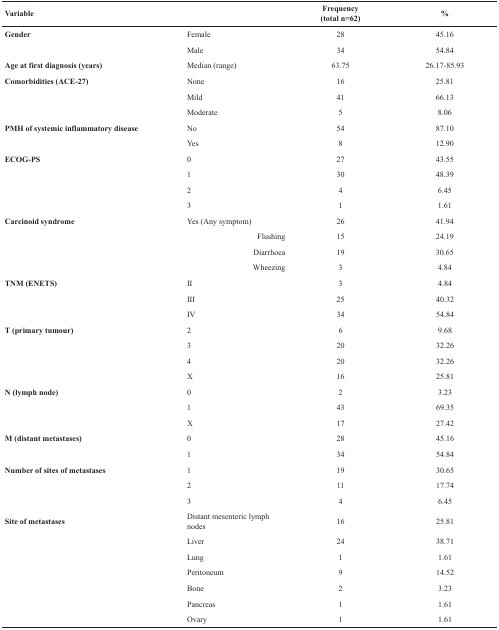
| Variable |  | Frequency(total n=62) | % |
 | --- | --- | --- | --- |
 | Gender | Female | 28 | 45.16 |
 |  | Male | 34 | 54.84 |
 | Age at first diagnosis (years) | Median (range) | 63.75 | 26.17-85.93 |
 | Comorbidities (ACE-27) | None | 16 | 25.81 |
 |  | Mild | 41 | 66.13 |
 |  | Moderate | 5 | 8.06 |
 | PMH of systemic inflammatory disease | No | 54 | 87.10 |
 |  | Yes | 8 | 12.90 |
 | ECOG-PS | 0 | 27 | 43.55 |
 |  | 1 | 30 | 48.39 |
 |  | 2 | 4 | 6.45 |
 |  | 3 | 1 | 1.61 |
 | Carcinoid syndrome | Yes (Any symptom) | 26 | 41.94 |
 |  | Flushing | 15 | 24.19 |
 |  | Diarrhoea | 19 | 30.65 |
 |  | Wheezing | 3 | 4.84 |
 | TNM (ENETS) | II | 3 | 4.84 |
 |  | III | 25 | 40.32 |
 |  | IV | 34 | 54.84 |
 | T (primary tumour) | 2 | 6 | 9.68 |
 |  | 3 | 20 | 32.26 |
 |  | 4 | 20 | 32.26 |
 |  | X | 16 | 25.81 |
 | N (lymph node) | 0 | 2 | 3.23 |
 |  | 1 | 43 | 69.35 |
 |  | X | 17 | 27.42 |
 | M (distant metastases) | 0 | 28 | 45.16 |
 |  | 1 | 34 | 54.84 |
 | Number of sites of metastases | 1 | 19 | 30.65 |
 |  | 2 | 11 | 17.74 |
 |  | 3 | 4 | 6.45 |
 | Site of metastases | Distant mesenteric lymph nodes | 16 | 25.81 |
 |  | Liver | 24 | 38.71 |
 |  | Lung | 1 | 1.61 |
 |  | Peritoneum | 9 | 14.52 |
 |  | Bone | 2 | 3.23 |
 |  | Pancreas | 1 | 1.61 |
 |  | Ovary | 1 | 1.61 |